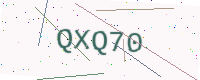
Text: QXQ70